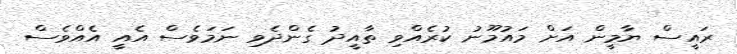
ރައީސް ޔާމީން އަށް މައުމޫނު ކުރެއްވި ތާއީދު ގެންދެވި ނަމަވެސް އެއީ އެއްވެސް